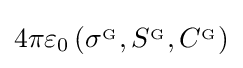
4\pi \varepsilon _{0}\left(\sigma ^{_{\mathrm {G} }},S^{_{\mathrm {G} }},C^{_{\mathrm {G} }}\right)